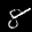
Label: 8